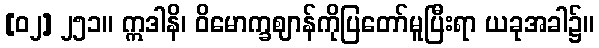
[၀၂] ၂၅၁။ ဣဒါနိ၊ ဝိမောက္ခဈာန်ကိုပြတော်မူပြီးရာ ယခုအခါ၌။